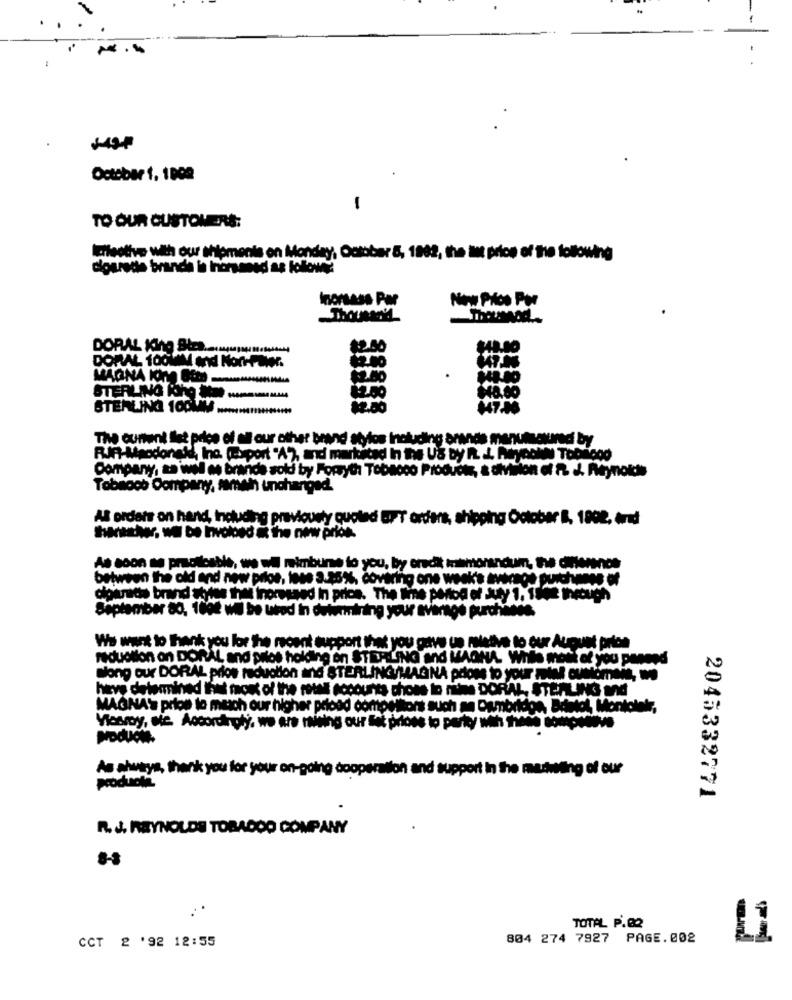
October 1, 1009
-
TO OUR CUSTOMERS:
Theotive with our shipments on Monday, October 8, 1982, the tet price of the following
dlourede brande in Inomsaned as follows
Now Prios Por
Inorsass Por
Thousand
DORAL KIS
$2.50
$43.00
12.00
DORAL 100MlM and Non-Palen
$2.00
STERLING IRO - -- -
STERLING 100m
82.00
+47.46
The current Ilet price of all our other brand stylos inoluding arenas manufactured by
RIP-Macdonald, Ino (orport "A), and markitad In the US by R. L. RayaoNN Toblood
Company, as wel as brands sold by Forsyth Tobacco Products, a division of P. J. Reynolds
Tobaoch Company, smith unchanged.
Al orders on hand, including previousty quoted @'T ordans, shipping October B, 1002, and
Sheher. wil be Involved & the new price.
As soon se practicable, we wil mimbume to you, by eredit memorandum, the dillonnos
between the old and new price, less 3.25%, covering one week's avecsos purchases of
olganads brand styles that inomessed In price. The line period of July 1, 1542 thetuich
September 80, 1892 will be utrod in determining your average purchases
We want to thank you for the recent support that you gave us mietive to our August prlos
reduction on DORAL and prios holding on STERLING and MAGNA. While most of you paneed
song our DORAL prios reduction and STERLINGIMAGNA prions to your metal ounomais, we
have determined ihet most of the rotas accounts chons to nine DORAL, STEALING and
MAGNA'S prios to meich our higher prioad competitors such an Dambridge, Bristol, Montolelr,
Vosry, ate. Accordingly. we are waiting our fat prions to party with those soupsdove
As always, thank you for your on-going cooperation and support In the machwiting of our
producti
2045332771
R.J. REYNOLDS TOBACCO COMPANY
TOTAL P.82
CCT 2 '92 12:55
804 274 7927 PAGE.002
Li